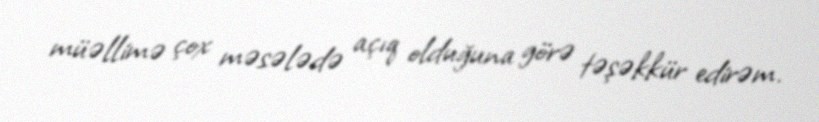
müəllimə çox məsələdə açıq olduğuna görə təşəkkür edirəm.